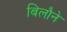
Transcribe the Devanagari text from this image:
बिलौने